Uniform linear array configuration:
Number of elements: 64
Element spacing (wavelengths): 0.75
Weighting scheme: kaiser
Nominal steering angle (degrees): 0
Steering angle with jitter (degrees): -0.8431
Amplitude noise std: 0.05
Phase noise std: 0.05

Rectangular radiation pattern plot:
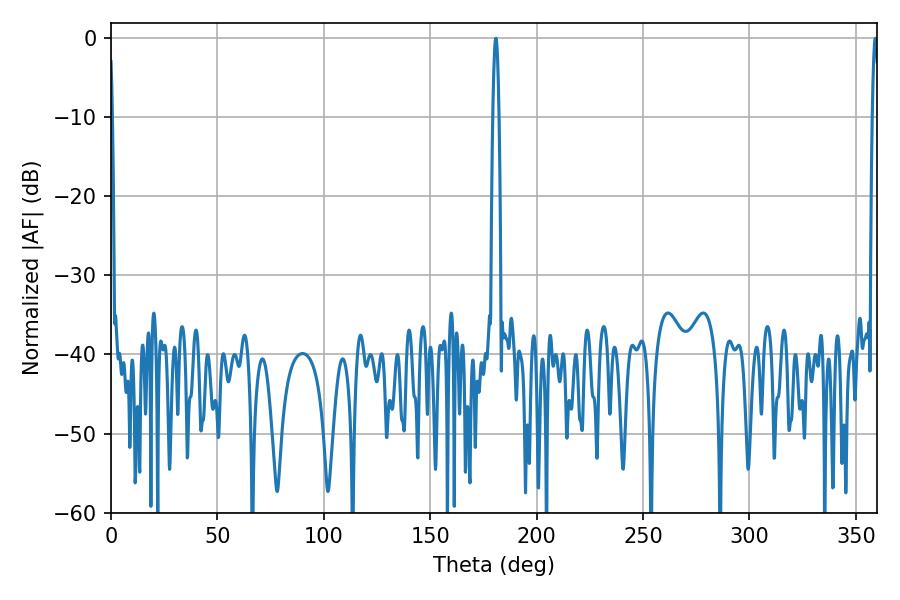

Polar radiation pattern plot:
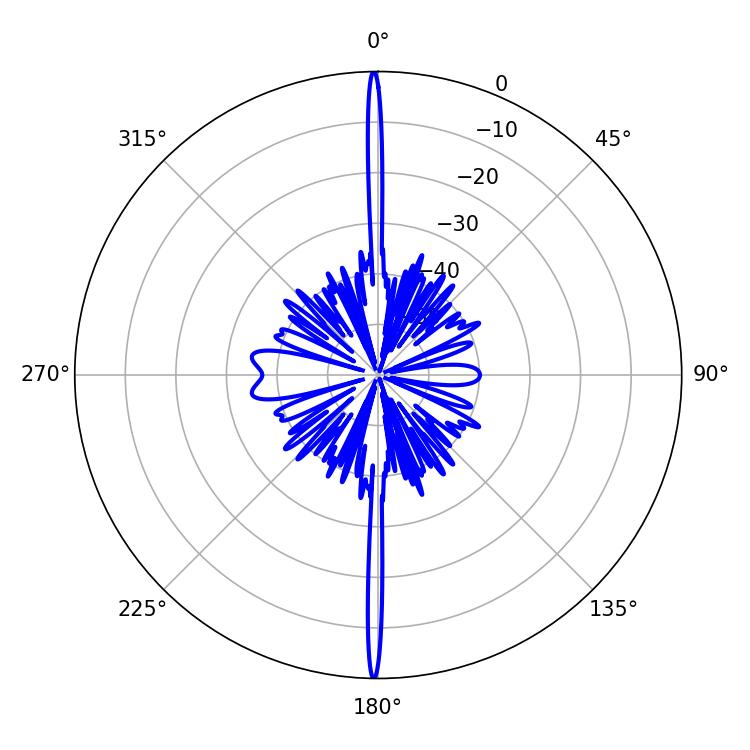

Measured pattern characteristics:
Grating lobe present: TRUE
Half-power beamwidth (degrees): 1.62
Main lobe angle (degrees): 359.1